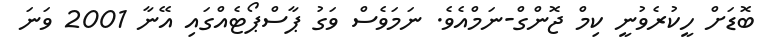
ބޮޑަށް ހީކުރެވުނީ ކިމް ޖޮންގް-ނަމްއެވެ. ނަމަވެސް ވަގު ޕާސްޕޯޓެއްގައި އޭނާ 2001 ވަނަ